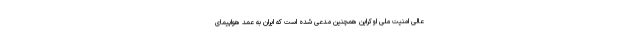
عالی امنیت ملی اوکراین همچنین مدعی شده است که ایران به عمد هواپیمای